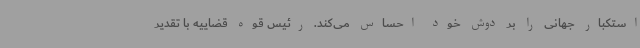
استکبار جهانی را بر دوش خود احساس می‌کند. رئیس قوه قضاییه با تقدیر